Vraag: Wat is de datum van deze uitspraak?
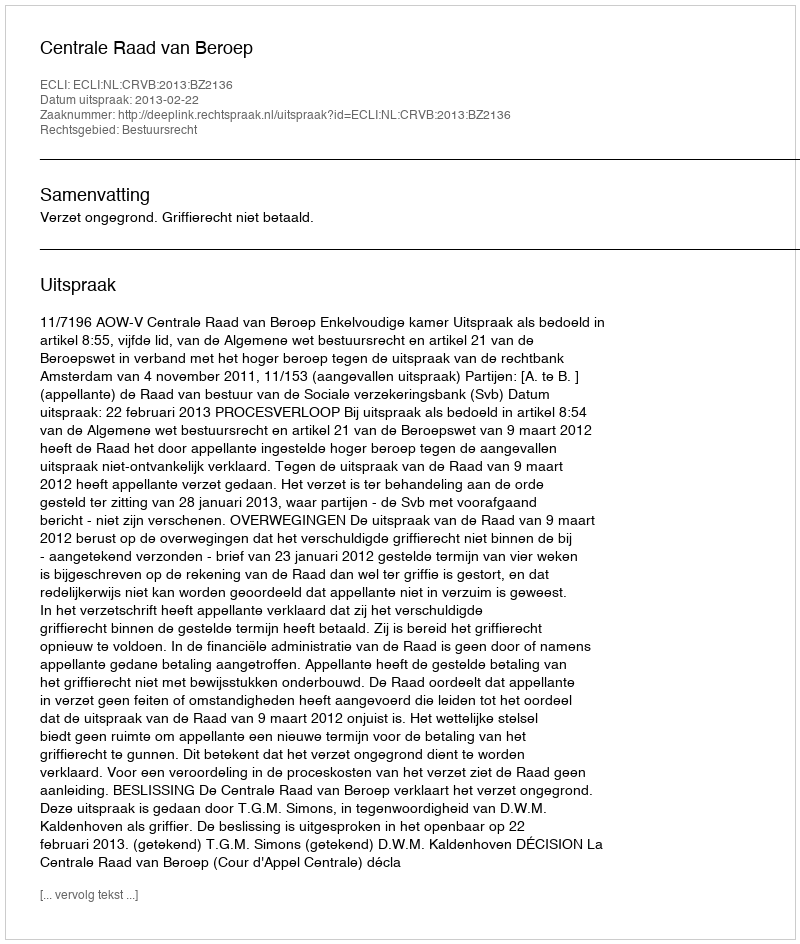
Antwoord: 2013-02-22